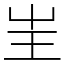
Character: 㞷